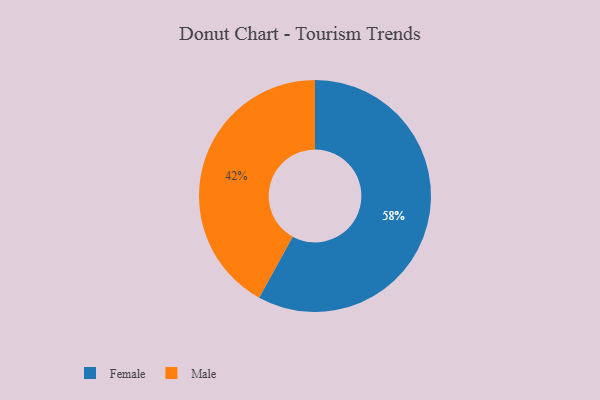
{"axis": {"x": "Category", "y": "Percentage"}, "legend": ["Female", "Male"], "data": [{"x": "Male", "y": 42, "type": "Male"}, {"x": "Female", "y": 58, "type": "Female"}]}